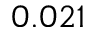
0 . 0 2 1